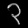
Digit: ၃